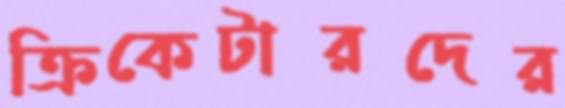
ক্রিকেটারদের